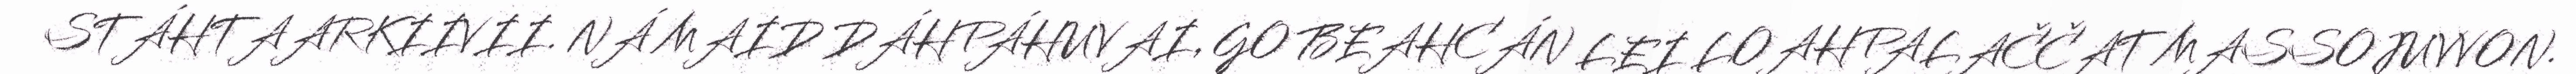
STÁHTAARKIIVII. NÁ MAID DÁHPÁHUVAI, GO BEAHCÁN LEI LOAHPALAČČAT MASSOJUVVON.